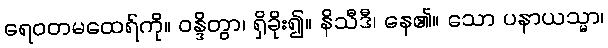
ရေဝတမထေရ်ကို။ ဝန္ဒိတွာ၊ ရှိခိုး၍။ နိသီဒီ၊ နေ၏။ သော ပနာယသ္မာ၊